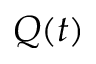
Q ( t )